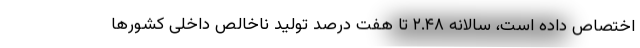
اختصاص داده است، سالانه ۲.۴۸ تا هفت درصد تولید ناخالص داخلی کشورها